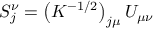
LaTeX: S _ { j } ^ { \nu } = \left( K ^ { - 1 / 2 } \right) _ { j \mu } U _ { \mu \nu }